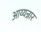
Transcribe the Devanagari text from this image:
आय्यन्नार